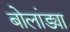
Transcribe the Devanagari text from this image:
बोलांड्या